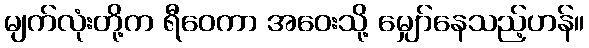
မျက်လုံးတို့က ရီဝေကာ အဝေးသို့ မျှော်နေသည့်ဟန်။